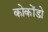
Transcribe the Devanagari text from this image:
कोकोंडो